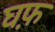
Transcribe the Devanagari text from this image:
घफ़